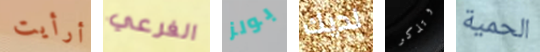
أرأيت الفرعي بولز لديك وتذكر الحمية